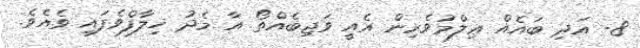
8- އަދި ބައެއް ޢިލްމުވެރިން އެއީ ވަޖިބެއްތޯ އާ މެދު ޚިލާފްވެފައި ވެއެވެ.